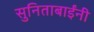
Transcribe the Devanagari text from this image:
सुनिताबाईंनी